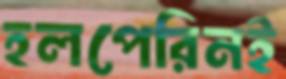
হলপেরিনই